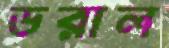
ডরাল